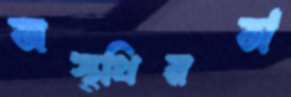
অস্থ্থিরতা